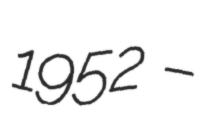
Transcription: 1952 –